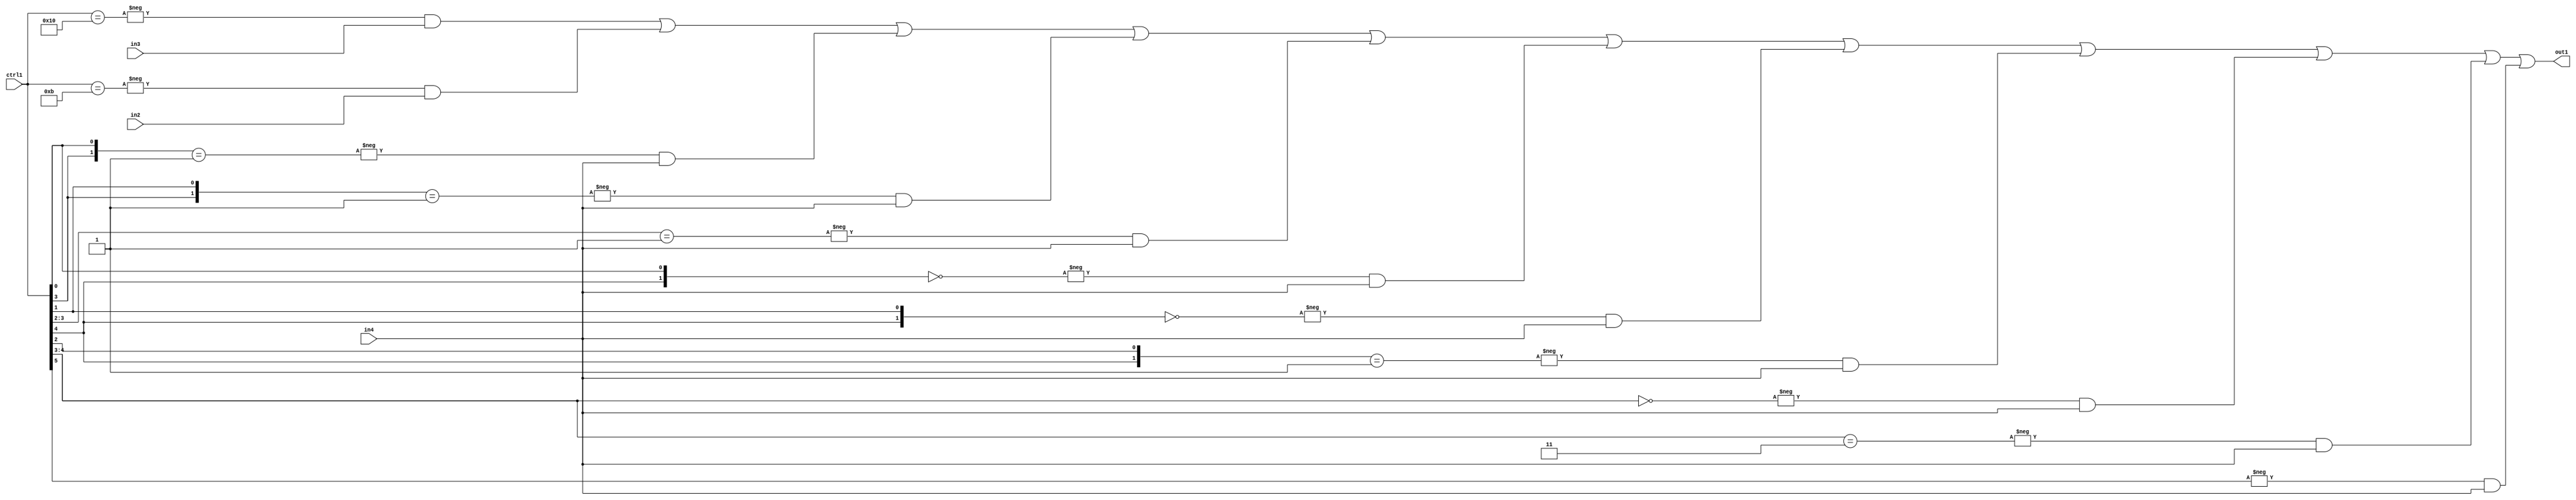
`timescale 1ps / 1ps
/*****************************************************************************
    Verilog RTL Description
    
    
    Created by: Stratus DpOpt 21.05.01 
*******************************************************************************/

module SobelFilter_N_Mux_32_3_100_4 (
	in4,
	in3,
	in2,
	ctrl1,
	out1
	); /* architecture "behavioural" */ 
input [31:0] in4;
input [8:0] in3,
	in2;
input [5:0] ctrl1;
output [31:0] out1;
wire [31:0] asc001;

assign asc001 = 
	-{ctrl1 == 6'B010000} & in3 |
	-{ctrl1 == 6'B001011} & in2 |
	-{{ctrl1[3], ctrl1[0]} == 2'B01} & in4 |
	-{{ctrl1[3], ctrl1[1]} == 2'B01} & in4 |
	-{ctrl1[3:2] == 2'B01} & in4 |
	-{{ctrl1[4], ctrl1[0]} == 2'B00} & in4 |
	-{{ctrl1[4], ctrl1[1]} == 2'B00} & in4 |
	-{{ctrl1[4], ctrl1[2]} == 2'B01} & in4 |
	-{ctrl1[4:3] == 2'B00} & in4 |
	-{ctrl1[4:3] == 2'B11} & in4 |
	-{ctrl1[5] == 1'B1} & in4 ;

assign out1 = asc001;
endmodule

/* CADENCE  vbTxSgo= : u9/ySxbfrwZIxEzHVQQV8Q== ** DO NOT EDIT THIS LINE ******/